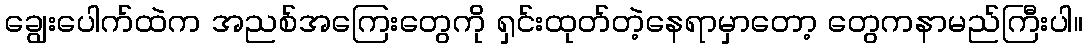
ချွေးပေါက်ထဲက အညစ်အကြေးတွေကို ရှင်းထုတ်တဲ့နေရာမှာတော့ တွေကနာမည်ကြီးပါ။